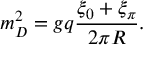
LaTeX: m _ { D } ^ { 2 } = g q { \frac { \xi _ { 0 } + \xi _ { \pi } } { 2 \pi R } } .